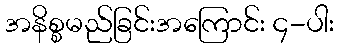
အနိစ္စမည်ခြင်းအကြောင်း ၄-ပါး